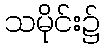
သမိုင်း၌